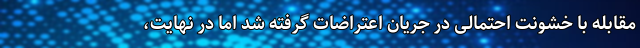
مقابله با خشونت احتمالی در جریان اعتراضات گرفته شد اما در نهایت،